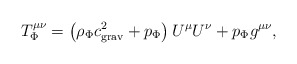
\begin{align*}T^{\mu\nu}_{\Phi}=\left(\rho_{\Phi}c^2_{\rm grav}+p_{\Phi}\right)U^{\mu}U^{\nu}+p_{\Phi}g^{\mu\nu},\end{align*}